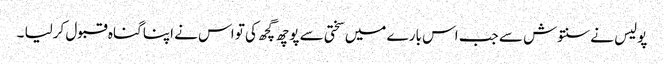
پولیس نے سنتوش سے جب اس بارے میں سختی سے پوچھ گچھ کی تو اس نے اپنا گناہ قبول کرلیا ۔